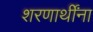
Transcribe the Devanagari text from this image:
शरणार्थींना